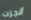
أنجزت